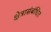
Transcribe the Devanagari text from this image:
क्षेत्रासंबंधित